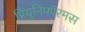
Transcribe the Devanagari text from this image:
प्रियुनिफॉरमस